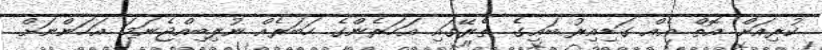
ކުރިއަށް އޮތް އެއް ގަޑިއިރު ބައިގެ ތެރޭގައި އަހަރެންގެ ހަބަރެއް ނުލިބިއްޖެނަމަ އަހަންނަށް